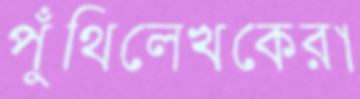
পুঁথিলেখকেরা